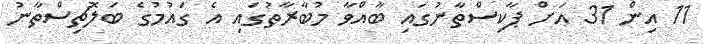
11 އިން 31 އަށް ޕާކިސްތާނުގައި ބާއްވާ މުބާރާތުގައި އެ ގައުމުގެ ބަލޮޗިސްތާނު